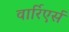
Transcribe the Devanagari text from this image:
वार्रिएर्स